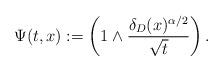
LaTeX: \begin{align*}\Psi(t,x):=\left(1\wedge\frac{\delta_D(x)^{\alpha/2}}{\sqrt{t}}\right).\end{align*}